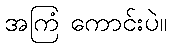
အကြံ ကောင်းပဲ။